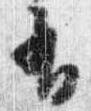
有